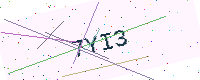
Text: 7YI3